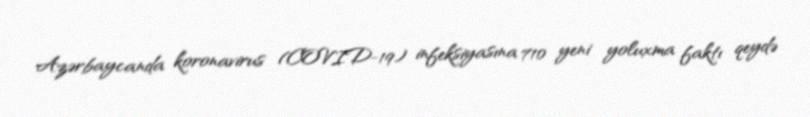
Azərbaycanda koronavirus (COVID-19) infeksiyasına 710 yeni yoluxma faktı qeydə